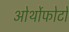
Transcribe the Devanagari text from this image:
ओर्थोफोटो